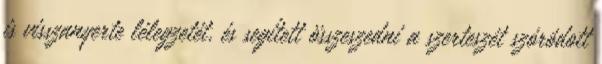
is visszanyerte lélegzetét, és segített összeszedni a szerteszét szóródott